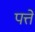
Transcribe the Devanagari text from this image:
पत्तें